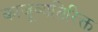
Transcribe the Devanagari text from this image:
काजूव्यतिरिक्त